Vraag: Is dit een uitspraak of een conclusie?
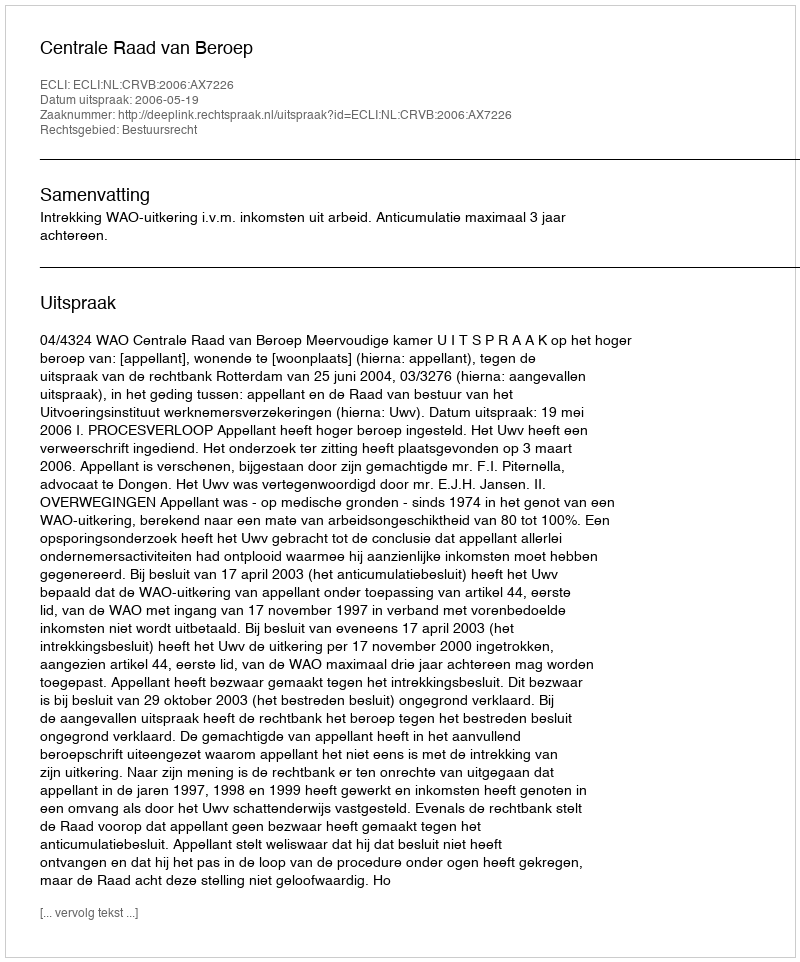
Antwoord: Uitspraak